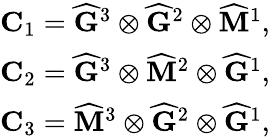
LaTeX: \begin{array}{r}{\mathbf{C}_{1}=\widehat{\mathbf{G}}^{3}\otimes\widehat{\mathbf{G}}^{2}\otimes\widehat{\mathbf{M}}^{1},}\\ {\mathbf{C}_{2}=\widehat{\mathbf{G}}^{3}\otimes\widehat{\mathbf{M}}^{2}\otimes\widehat{\mathbf{G}}^{1},}\\ {\mathbf{C}_{3}=\widehat{\mathbf{M}}^{3}\otimes\widehat{\mathbf{G}}^{2}\otimes\widehat{\mathbf{G}}^{1},}\end{array}